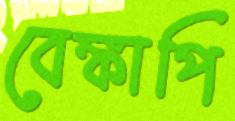
বেঙ্কাপি